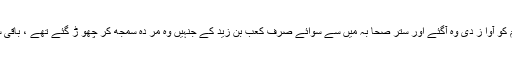
پھر اس نے بنو سلیم کو آوا ز دی وہ آگئے اور ستر صحا بہ میں سے سوائے صرف کعب بن زید کے جنہیں وہ مر دہ سمجھ کر چھو ڑ گئے تھے ، باقی سب کو شہید کر دیا۔